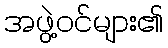
အဖွဲ့ဝင်များ၏